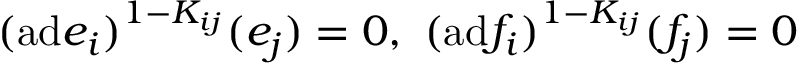
( \mathrm { a d } e _ { i } ) ^ { 1 - K _ { i j } } ( e _ { j } ) = 0 , ~ ( \mathrm { a d } f _ { i } ) ^ { 1 - K _ { i j } } ( f _ { j } ) = 0